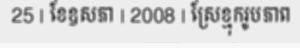
25 | ខែឧសភា | 2008 | ស្រែខ្មុករូបភាព